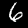
Digit: 6